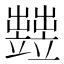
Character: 𥫋